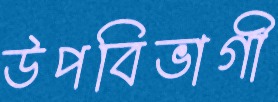
উপবিভাগী